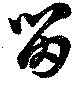
留